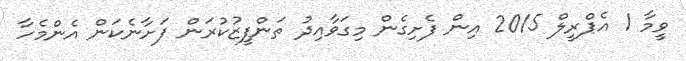
ވީމާ 1 އެޕްރީލް 2015 އިން ފެށިގެން މިގަވާއިދު ތަންފީޒުކުރަން ފަށާނެކަން އެންމެހާ